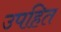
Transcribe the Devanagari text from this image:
उपहित